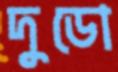
দুডো